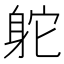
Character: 𨈷